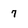
Character: 7